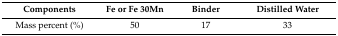
| Components | Fe or Fe 30Mn | Binder | Distilled Water |
 | --- | --- | --- | --- |
 | Mass percent (%) | 50 | 17 | 33 |